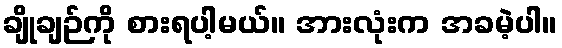
ချိုချဉ်ကို စားရပါ့မယ်။ အားလုံးက အခမဲ့ပါ။